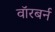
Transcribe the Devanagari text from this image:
वॉरबर्न